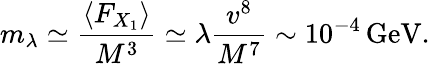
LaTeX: m_{\lambda}\simeq{\frac{\langle F_{X_{1}}\rangle}{M^{3}}}\simeq\lambda{\frac{v^{8}}{M^{7}}}\sim 10^{-4}\, \mathrm{GeV}.